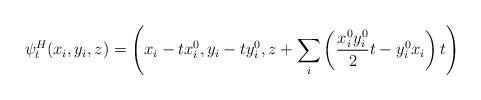
LaTeX: \begin{align*}\psi^H_t(x_i,y_i,z)=\left(x_i-tx^0_i,y_i-ty^0_i,z+\sum_i \left(\frac{x^0_iy^0_i}{2}t-y^0_ix_i\right)t\right)\end{align*}